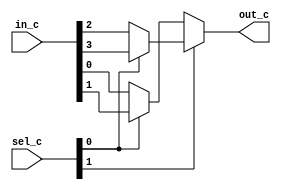
`timescale 1ns / 1ps

// Data Flow
module mux4to1_cond(
    input [3:0] in_c,
    input [1:0] sel_c,
    output out_c
    );
    
    assign out_c = sel_c[1] ? ( sel_c[0] ? in_c[3] : in_c[2] ) : ( sel_c[0] ? in_c[1] : in_c[0] ) ;
endmodule